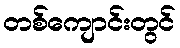
တစ်ကျောင်းတွင်